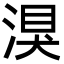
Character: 湨